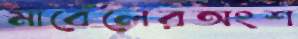
মার্বেলেরঅংশ